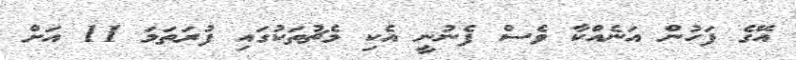
އޭގެ ފަހުން އަނެއްކާ ވެސް ފެނުނީ އެކި މެޗުތަކުގައި ފުރަތަމަ 11 އަށް